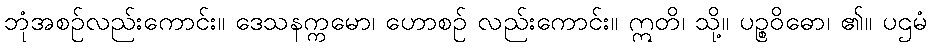
ဘုံအစဉ်လည်းကောင်း။ ဒေသနက္ကမော၊ ဟောစဉ် လည်းကောင်း။ ဣတိ၊ သို့။ ပဉ္စဝိဓော၊ ၏။ ပဌမံ